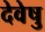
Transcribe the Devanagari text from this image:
देवेषु